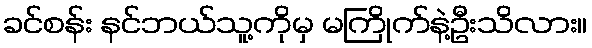
ခင်စန်း နင်ဘယ်သူ့ကိုမှ မကြိုက်နဲ့ဦးသိလား။